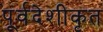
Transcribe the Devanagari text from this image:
पूर्वदेशीकृत